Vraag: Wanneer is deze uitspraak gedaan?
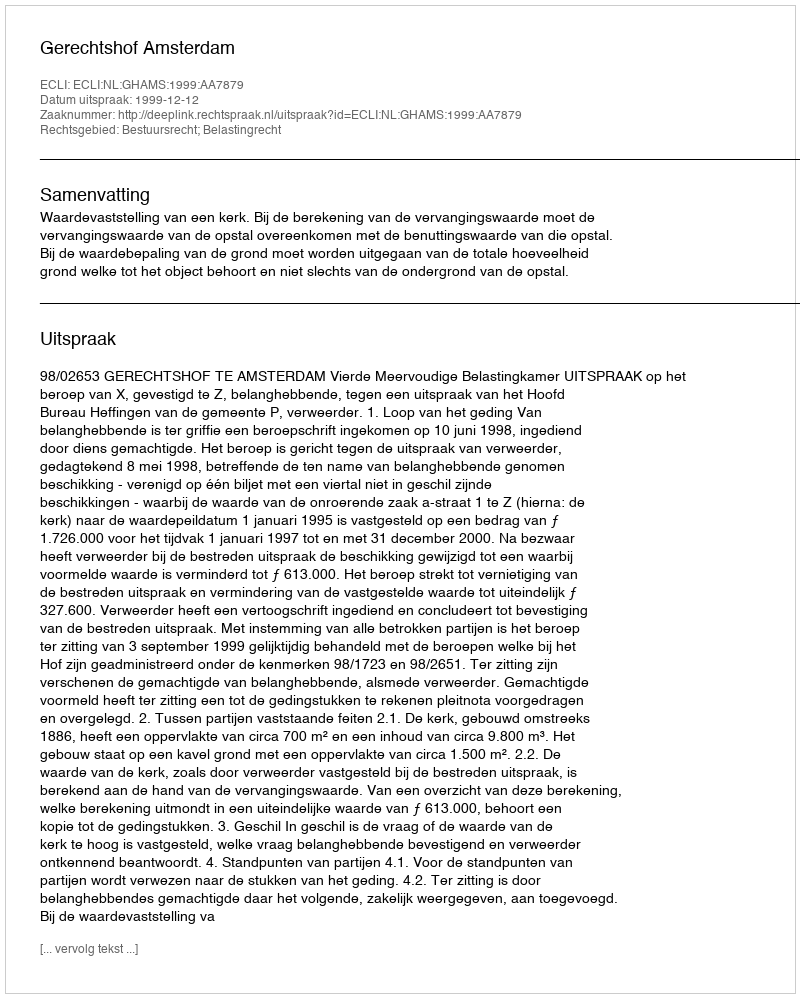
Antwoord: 1999-12-12